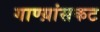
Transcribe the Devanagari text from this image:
गाण्य़ांसकट